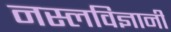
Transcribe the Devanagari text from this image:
नस्लविज्ञानी